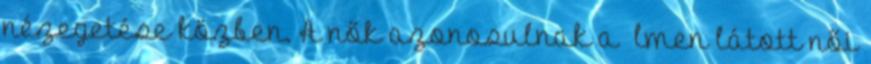
nézegetése közben. A nők azonosulnak a ﬁlmen látott női